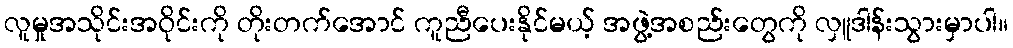
လူမှုအသိုင်းအဝိုင်းကို တိုးတက်အောင် ကူညီပေးနိုင်မယ့် အဖွဲ့အစည်းတွေကို လှူဒါန်းသွားမှာပါ။